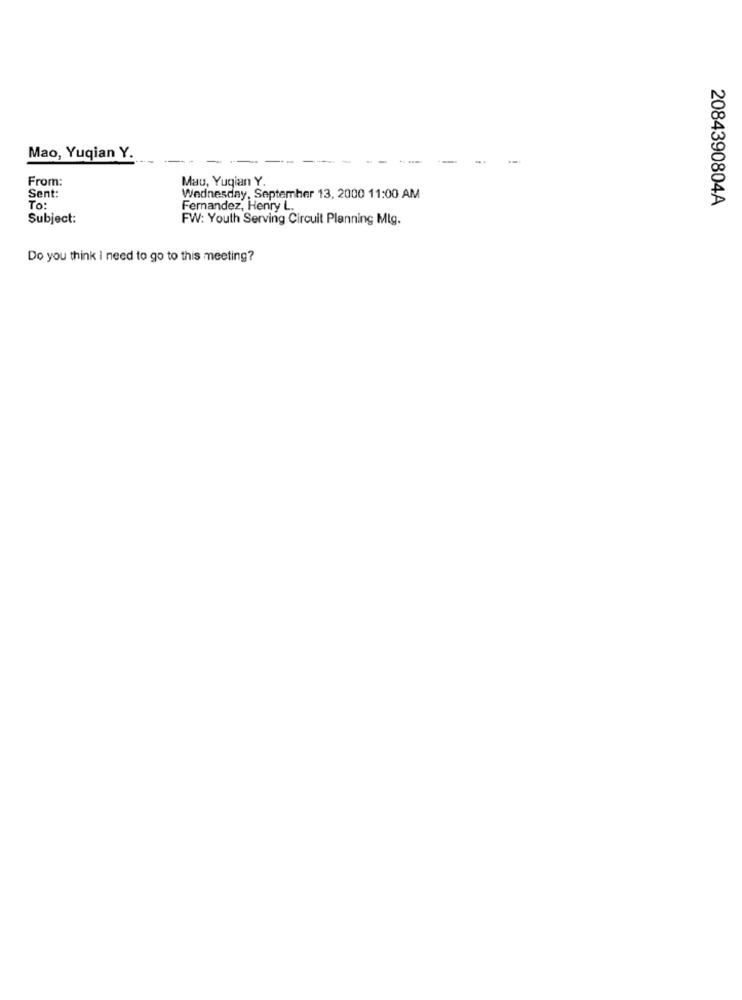
Mao, Yuqian Y.
-
From:
Mau, Yuqian Y.
Sent:
Wednesday, September 13, 2000 11:00 AM
2084390804A
To:
Fernandez, Henry L.
Subject:
FW: Youth Serving Circuit Planning Mlg.
Do you think I need to go to this meeting?